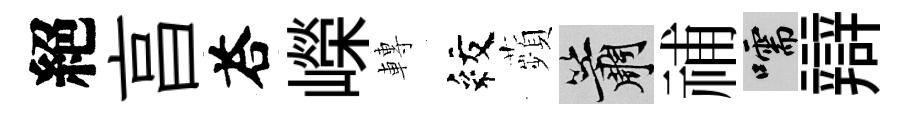
絕亯荅嶸轉紋蘋簫𥙷嚅辯